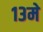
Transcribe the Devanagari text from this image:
१३मे